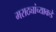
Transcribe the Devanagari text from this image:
मराठ्यांच्याकडे